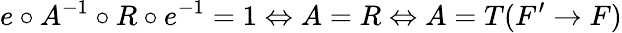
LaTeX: e\circ A^{-1}\circ R\circ e^{-1}=1\Leftrightarrow A=R\Leftrightarrow A=T(F^{\prime}\to F)